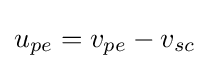
{\textstyle u_{pe}=v_{pe}-v_{sc}}